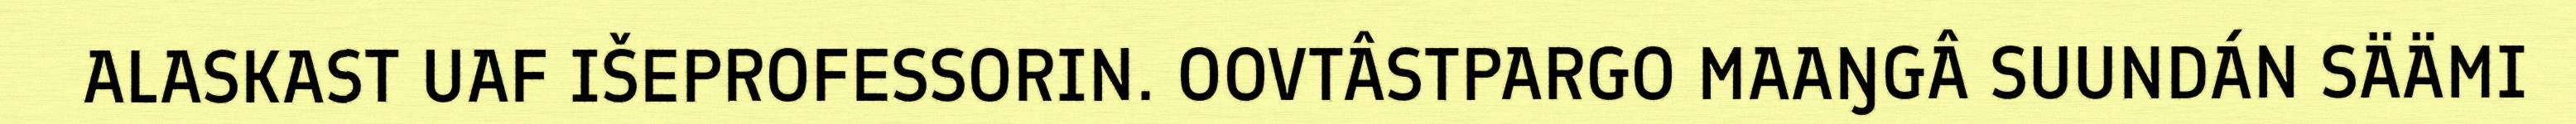
ALASKAST UAF IŠEPROFESSORIN. OOVTÂSTPARGO MAAŊGÂ SUUNDÁN SÄÄMI